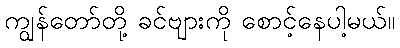
ကျွန်တော်တို့ ခင်ဗျားကို စောင့်နေပါ့မယ်။